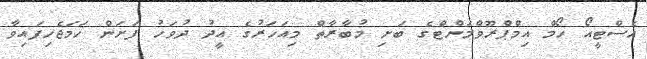
އެސްޓީއޯ ހޯމް އިމްޕްރޫވްމަންޓްގެ ބަށި މުބާރާތް މިއަހަރުގެ އީދު ދުވަހު ފަށަން ހަމަޖެހިފައިވާ